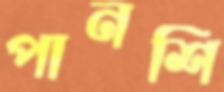
পানশি